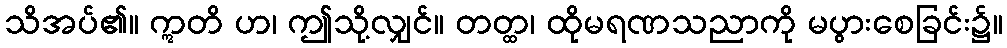
သိအပ်၏။ ဣတိ ဟ၊ ဤသို့လျှင်။ တတ္ထ၊ ထိုမရဏသညာကို မပွားစေခြင်း၌။